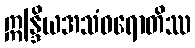
ဣန္ဒြိယအသံဝရောတိဿ